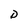
Character: D